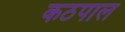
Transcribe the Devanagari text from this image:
कठपाल